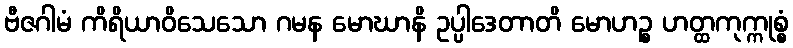
ဗီဇဂါမံ ကိရိယာဝိသေသော ဂမန မောဃာနိ ဥပ္ပါဒေတာတိ မောဟဉ္စ ဟတ္ထကုက္ကုစ္စံ